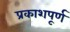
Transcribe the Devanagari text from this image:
प्रकाशपूर्ण